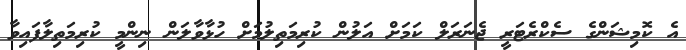
އެ ކޮމިޝަންގެ ސެކްރެޓަރީ ޖެނަރަލް ކަމަށް އަލުން ކުރިމަތިލުމަށް ހުޅާވާލަން ނިންމީ ކުރިމަތިލާފައިވާ